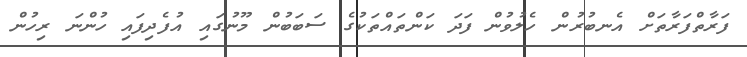
ފަރާތްފަރާތަށް އެނބުރުން ހެލުވުން ފަދަ ކަންތައްތަކުގެ ސަބަބުން މޫނުގައި އުފެދިފައި ހުންނަ ރިހުން